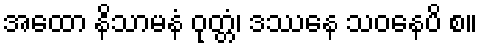
အထော နိသာမနံ ဝုတ္တံ၊ ဒဿနေ သဝနေပိ စ။